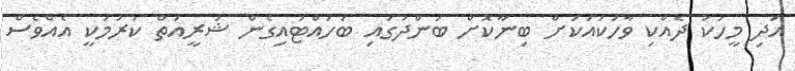
އަދި މީހަކު ދެއްކި ވާހަކައަކަށް ބިނާކޮށް ބަންދުގައި ބަހައްޓައިގެން ޝަރީއަތް ކުރުމަކީ އެއްވެސް